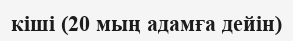
кіші (20 мың адамға дейін)